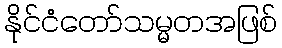
နိုင်ငံတော်သမ္မတအဖြစ်